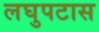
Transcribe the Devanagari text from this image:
लघुपटास